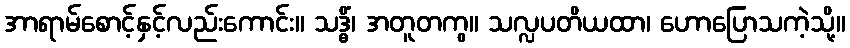
အာရာမ်စောင့်နှင့်လည်းကောင်း။ သဒ္ဓိံ၊ အတူတကွ။ သလ္လပတိယထာ၊ ဟောပြောသကဲ့သို့။